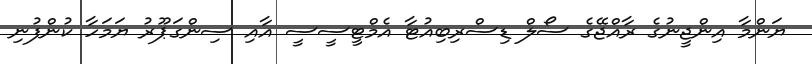
ޔަންމާ އިންޖީނުގެ ރާއްޖޭގެ ސޯލް ޑިސްރިބިއުޓާ އެމްޓީސީސީ އާއި ސިންގަޕޫރު ޔަމަހާ ކުންފުނި